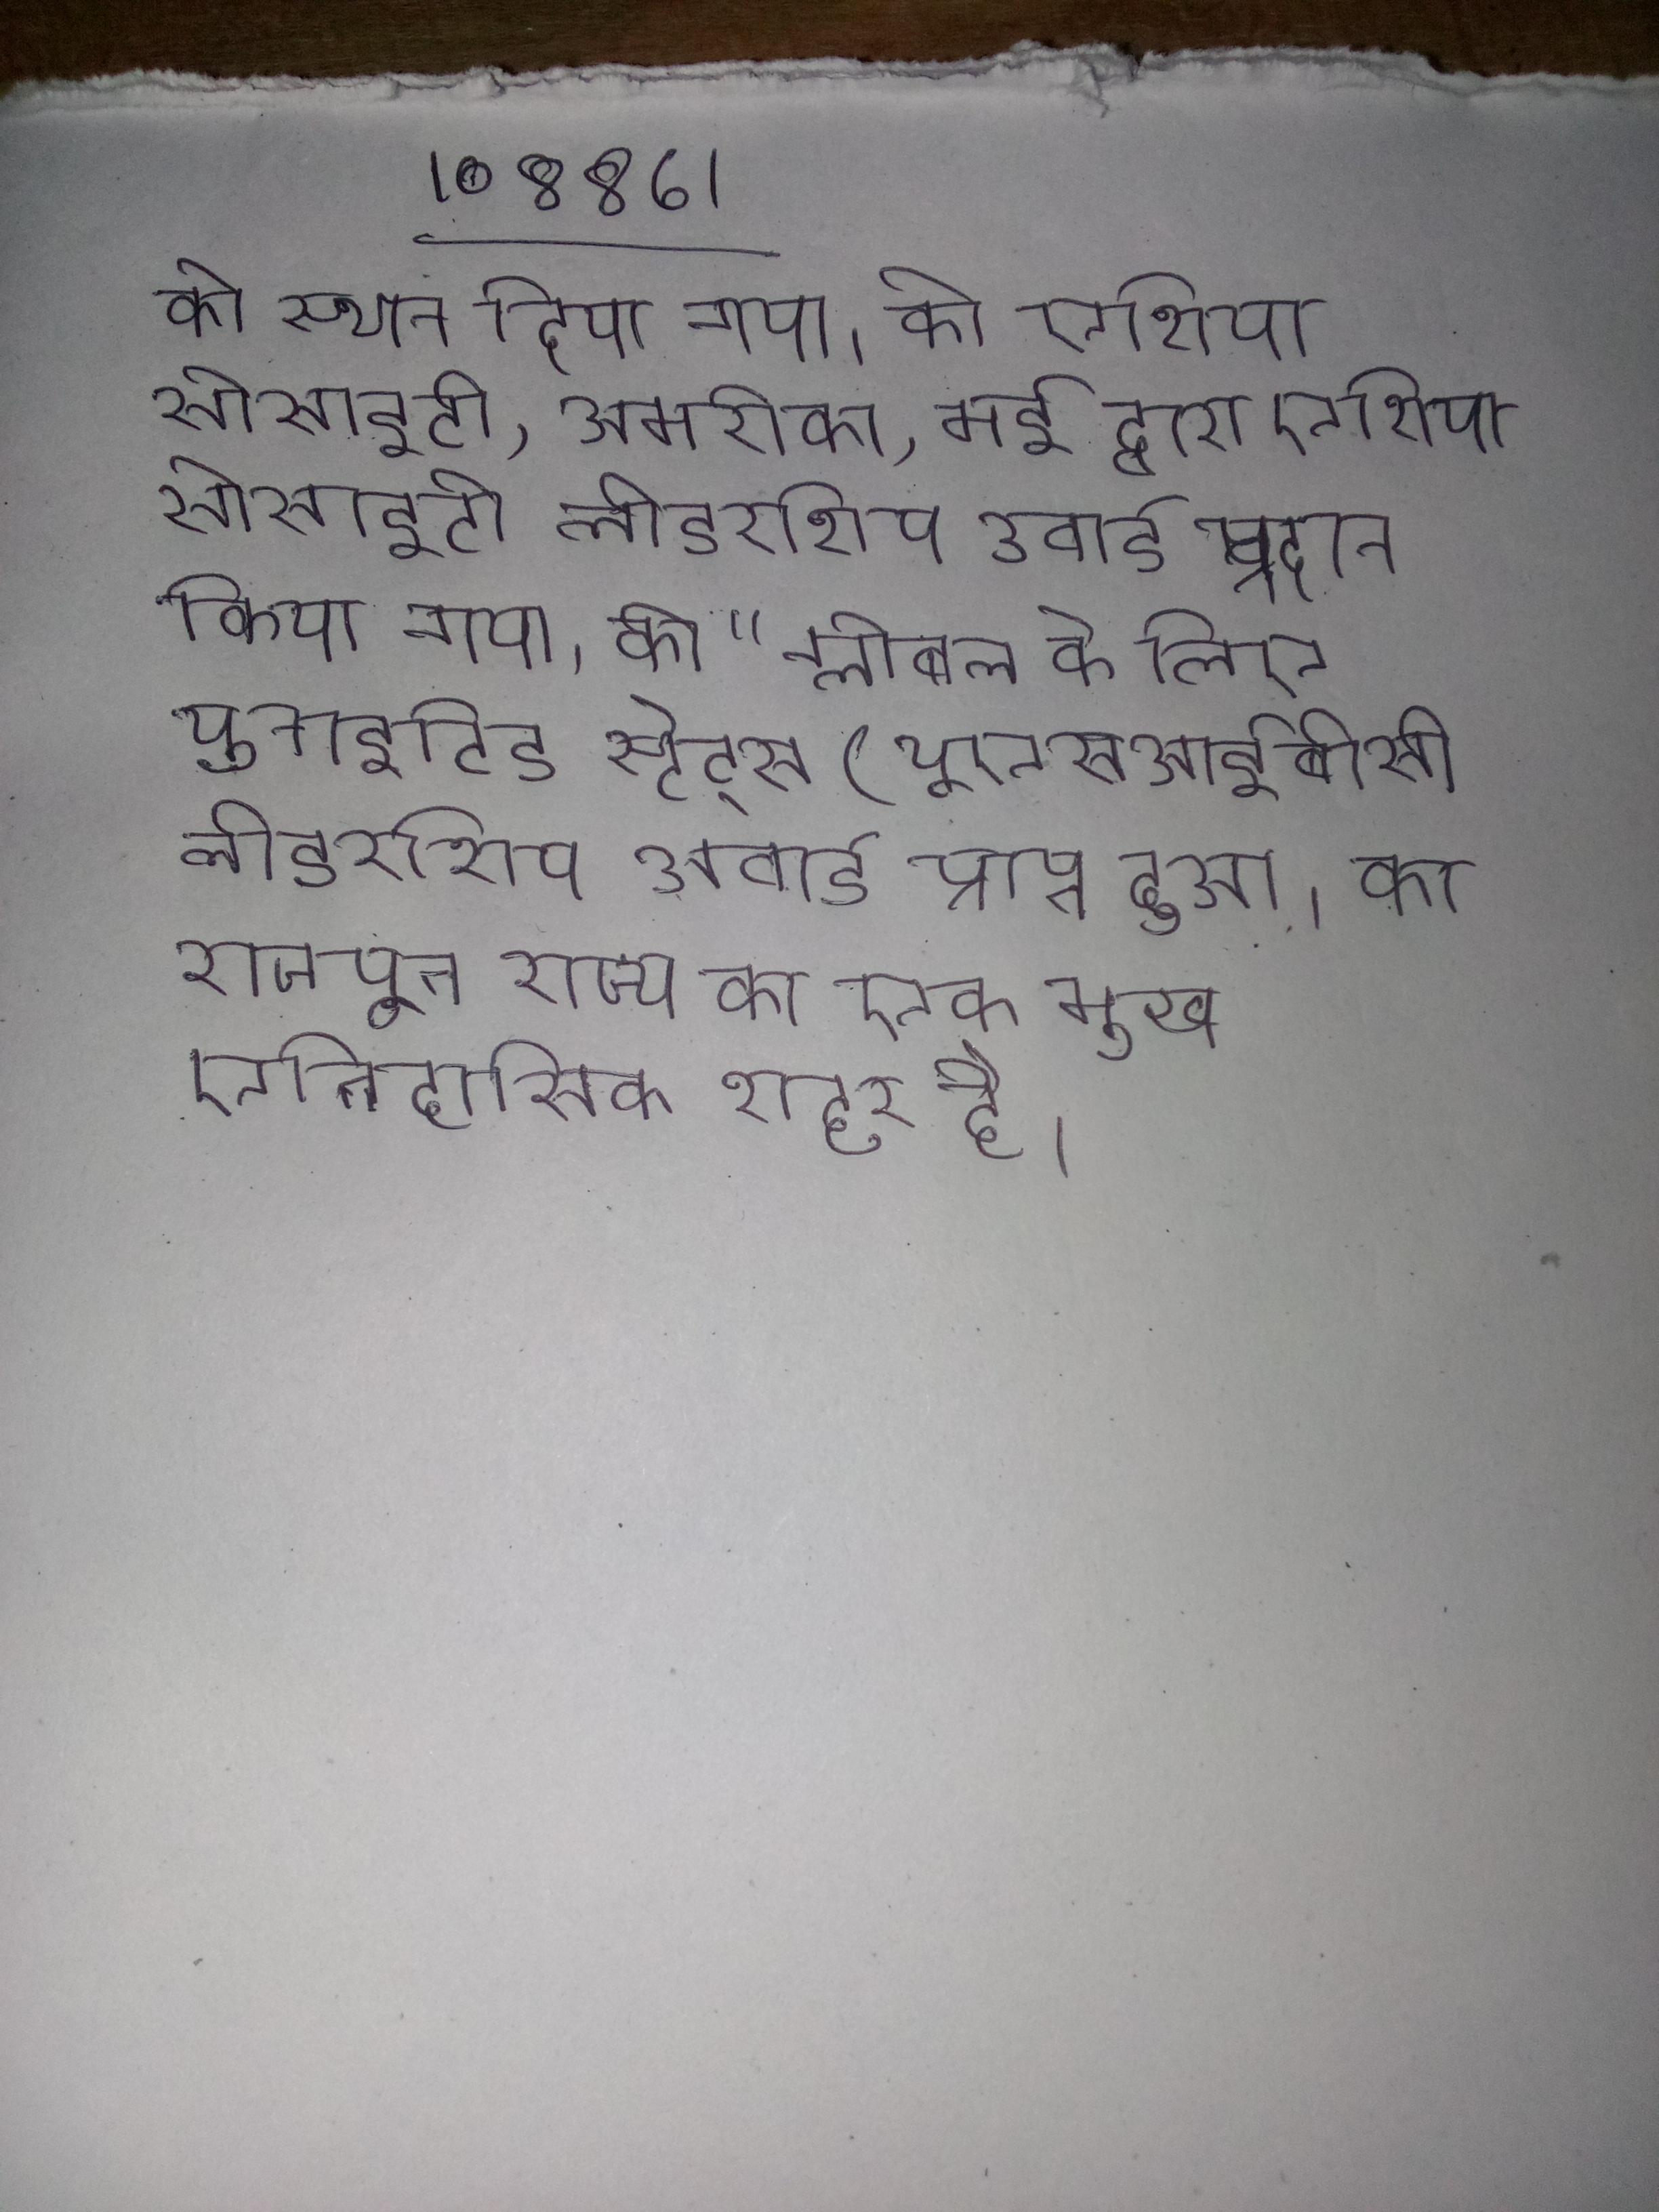
को स्थान दिया गया । को एशिया सोसाइटी, अमरीका, मई द्वारा एशिया सोसाइटी लीडरशिप अवार्ड प्रदान किया गया । को "ग्लोबल के लिए युनाईटिड स्टेट्स (यूएसआईबीसी लीडरशिप अवार्ड प्राप्त हुआ । का राजपूत राज्य का एक मुख्य ऐतिहासिक शहर है ।